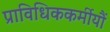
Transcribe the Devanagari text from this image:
प्राविधिककर्मीयौं